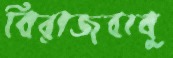
বিরাজবাবু